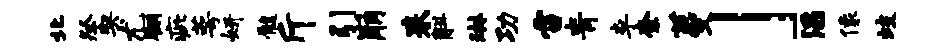
北祭契尤翔疵萼妍髓斤引崩耒斛琳功雷青李柰蔓」滔像歧